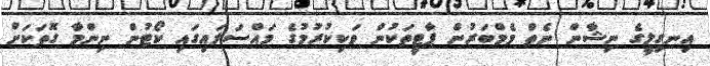
އިނގިލީގެ ނިޝާން ނެތް މެމްބަރުން ޕާޓީތަކުން ވަކިކުރުމުގެ މައްސަލައިގައި ކޯޓުން ނިންމާ ގޮތަކަށް